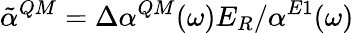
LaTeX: \tilde{\alpha}^{QM}=\Delta\alpha^{QM}(\omega)E_{R}/\alpha^{E1}(\omega)